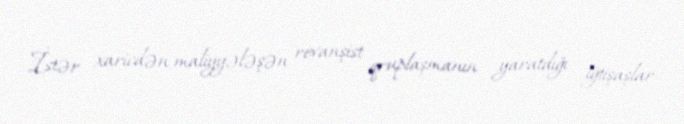
İstər xaricdən maliyyələşən revanşist qruplaşmanın yaratdığı iğtişaşlar,